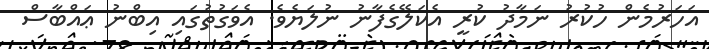
އަހަރުމެން ހުކުރު ނަމާދު ކުރީ އެކަލޭގެފާނު ނުލަޔެވެ. އެވަގުތުގައި އިބްނު ޢައްބާސް